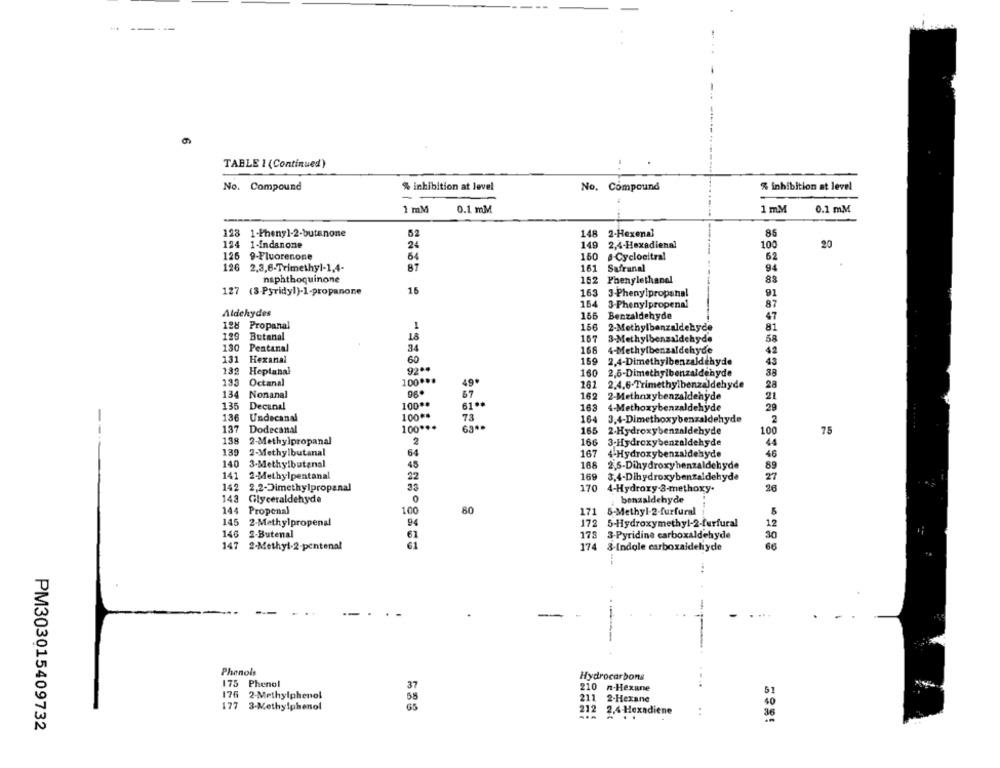
--
TABLE 1 (Continued)
No. Compound
% inhibition at level
No. Compound
% inhibition at level
1 mM
1 mM
0.1 mM
0.1 mM
123 1-Phenyl-2-butanone
52
148 2-Hexenal
85
124
1-Indanone
24
149
2,4-Hexadienal
100
20
126
9-Fluorenone
54
150
.- Cyclocitral
62
126
2.3,6-Trimethyl-1,4-
87
161
Safranal
94
naphthoquinone
152
Phenylethanel
83
127 (3-Pyridyl)-1-propanone
15
163
3-Phenylpropanal
91
154
3-Phenylpropenal
87
Aldehydes
155
Benzaldehyde
47
128 Propanal
1
156
2-Methylbenzaldehyde
81
129 Butanal
18
167
3-Methylbenzaldehyde
58
130 Pestanal
34
168
4-Methylbenzaldehyde
42
131
Hexanal
60
159
2,4-Dimethylbenzaldehyde
43
92 **
132
Heptanal
160
2,6-Dimethylbenzaldehyde
38
135
Octanal
100 ***
49.
162
2.4,6-Trimethylbenzaldehyde
28
134
Nonanal
67
162
2-Methoxybenzaldehyde
21
135
Decanal
100 **
61.ª
163
4-Methoxybenzaldehyde
29
100 **
-
136
Undecanal
73
164
3.4-Dimethoxybenzaldehyde
2
137
Dodecanal
100 ***
63 **
165
2-Hydroxybenzaldehyde
75
100
138
2-Methylpropanal
2
166
3-Hydroxybenzaldehyde
44
139
2-Methylbutanal
64
167
4-Hydroxybenzaldehyde
46
140
3-Methylbutanal
45
168
2,5-Dihydroxyhenzaldehyde
89
141
2-Methylpentanal
22
169
3.4-Dihydroxybenzaldehyde
27
142
2,2-Dimethylpropanal
33
170 4-Hydroxy-3-methoxy.
26
143
Glyceraldehyde
benzaldehyde
144
Propenal
100
80
171
5-Methyl-2-furfural
145
2-Methylpropenal
172
5-Hydroxymethyl-2-furfural
12
146
2-Butenal
61
178
3-Pyridine carboxaldehyde
147
2-Methyl-2-pentenal
66
174 3-Indole carboxaldehyde
Phenols
Hydrocarbons
175 Phenol
37
210 n-Hexane
176 2-Methylphenol
58
211 2-Hexane
177
3-Methylphenol
40
212
...
2.4-Hexadiene
..
...
PM303015409732